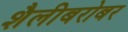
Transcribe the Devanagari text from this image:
शैलीबरोबर